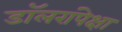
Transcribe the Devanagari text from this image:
डॉलरांपेक्षा